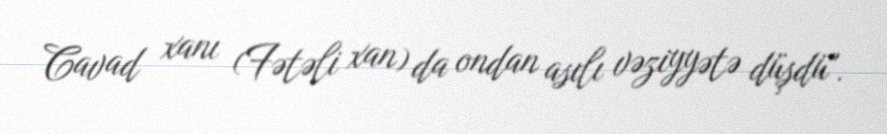
Cavad xanı (Fətəli xan) da ondan asılı vəziyyətə düşdü".